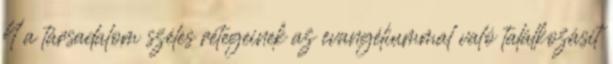
4 a társadalom széles rétegeinek az evangéliummal való találkozásit